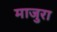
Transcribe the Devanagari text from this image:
माजुरा